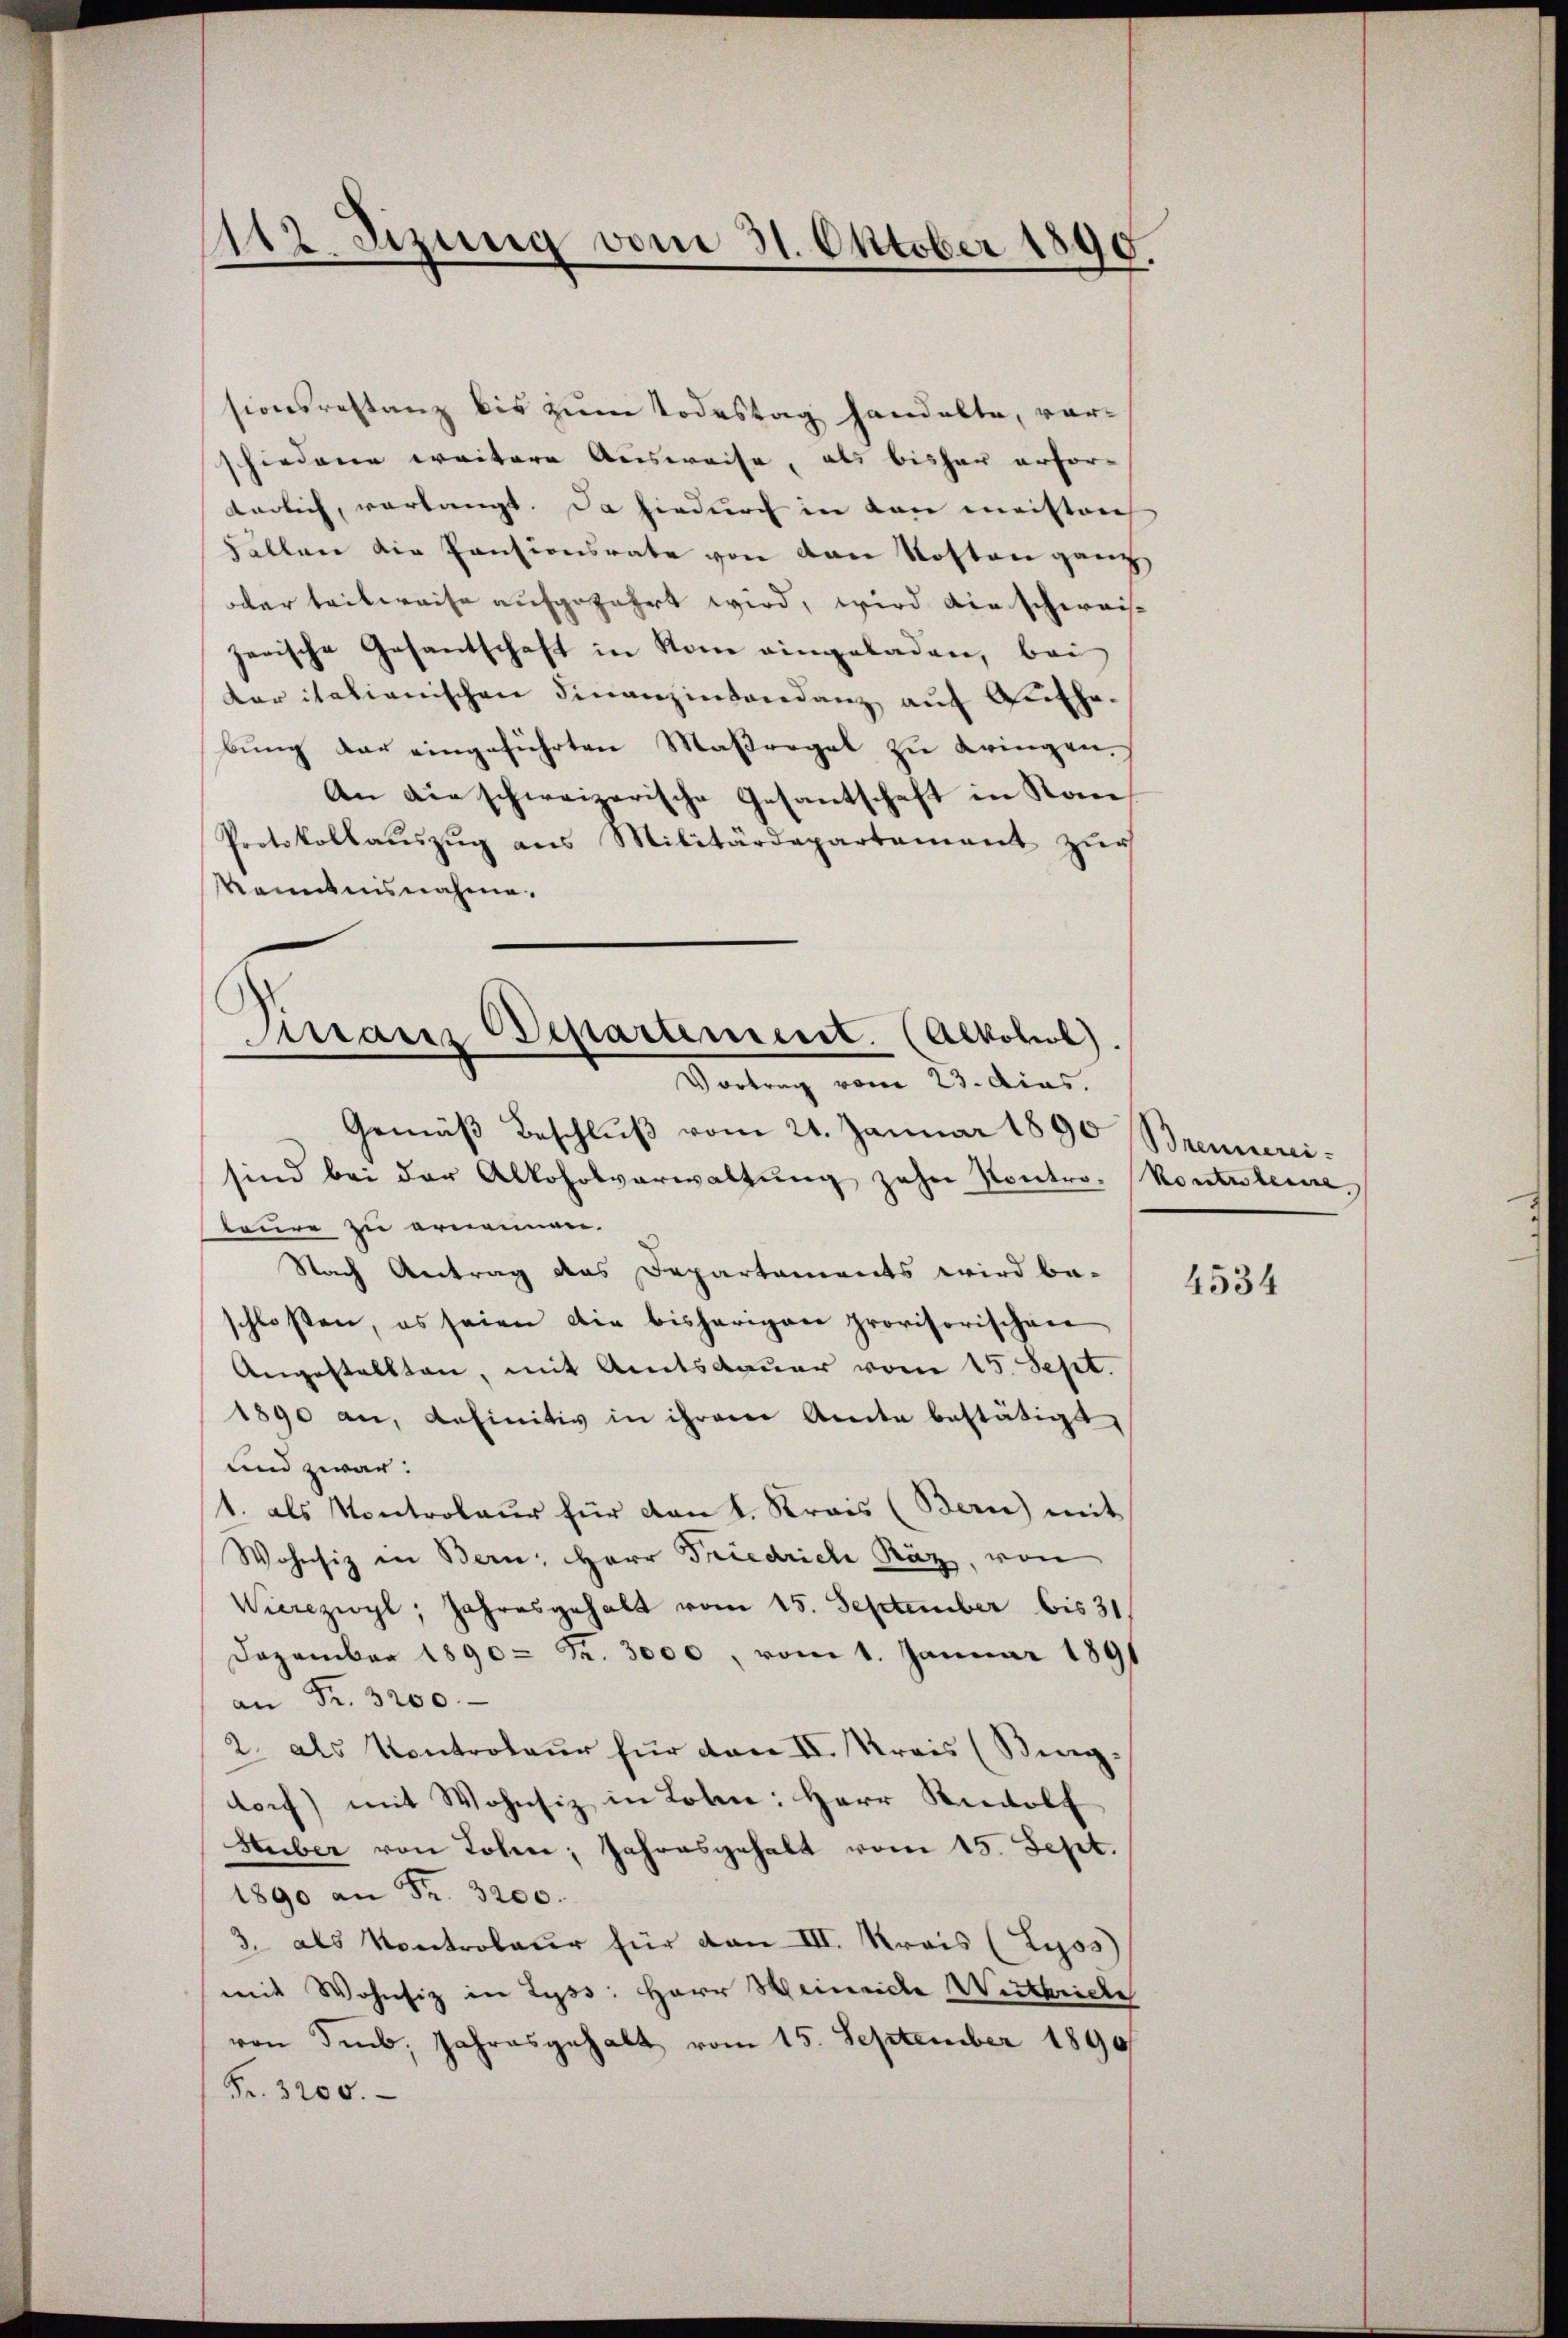
112 Sizung vom 31. Oktober 1890.

sionsrestanz bis zum Todestag handelte, vorschiedene weitere Ausweise, als bisher erfor-
endlich, verlangt. Da hiedurch in von meisten
Fällen die Pensionsrate von den Kosten ganz
oder teilweise aufgefahrt wird, wird die schweis
zerische Gesantschaft in Rom eingeladen, bei
kar italienischen Finanzinsendanz auf Guthebŭng der eingeführten Maßregel zŭ bringen,
An die schweizerische Gesantschaft in Kan¬
Protokollaŭszŭg ans Militärdepartement zŭr
Kenntnisnahme.
Gemäß Beschlŭβ vom 24. Januar 1890 Brennereisind bei der Alkoholverwaltŭng zehn Kontro. Kontuleine,
teure zu ernennen.
Nach Antrag das Departements wird be-
schloßen, es seien die bisherigen provisorischen
Angestellten, mit Amtsdauer vom 15. Sept.
1890 an, definitiv in ihrem Aceder bestätigt,
und zwar:
1. als Kontroleur für von 1. Krais (Bern) mit
Wohnsiz in Bern: Herr Friedrich Räz, von
Vierezwyl, Jahresgehalt vom 15. September bis 31.
Dezember 1890 = Fr. 3000, vom 1. Januar 1891
an Fr. 3200.
2. als Kontroleur für von II. Kreis (Bing-
dorf) mit Wohnsiz in Lohn: Herr Riedolf
Huber von Lohen Jahresgehalt vom 15. Sept.
1890 an Fr. 3200.
3. als Kontroleur für den III. Kreis (Lyos)
mit Wohnsiz in Lyss: Herr Heinriche Weitheide
von Seub, Jahresgehalt vom 15. September 1890
Fr. 3200.

Tirranz Departement. (Alkohol).
Vortrag vom 23. dias.

4534